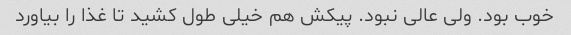
خوب بود. ولی عالی نبود. پیکش هم خیلی طول کشید تا غذا را بیاورد